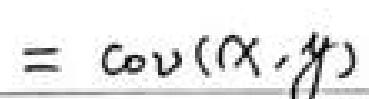
$= Cov(X,Y)$